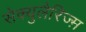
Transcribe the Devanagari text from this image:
सेक्युलैरिज्म़